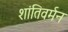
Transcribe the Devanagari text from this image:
शांतिवर्मन